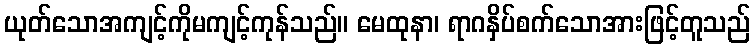
ယုတ်သောအကျင့်ကိုမကျင့်ကုန်သည်။ မေထုနာ၊ ရာဂနှိပ်စက်သောအားဖြင့်တူသည်